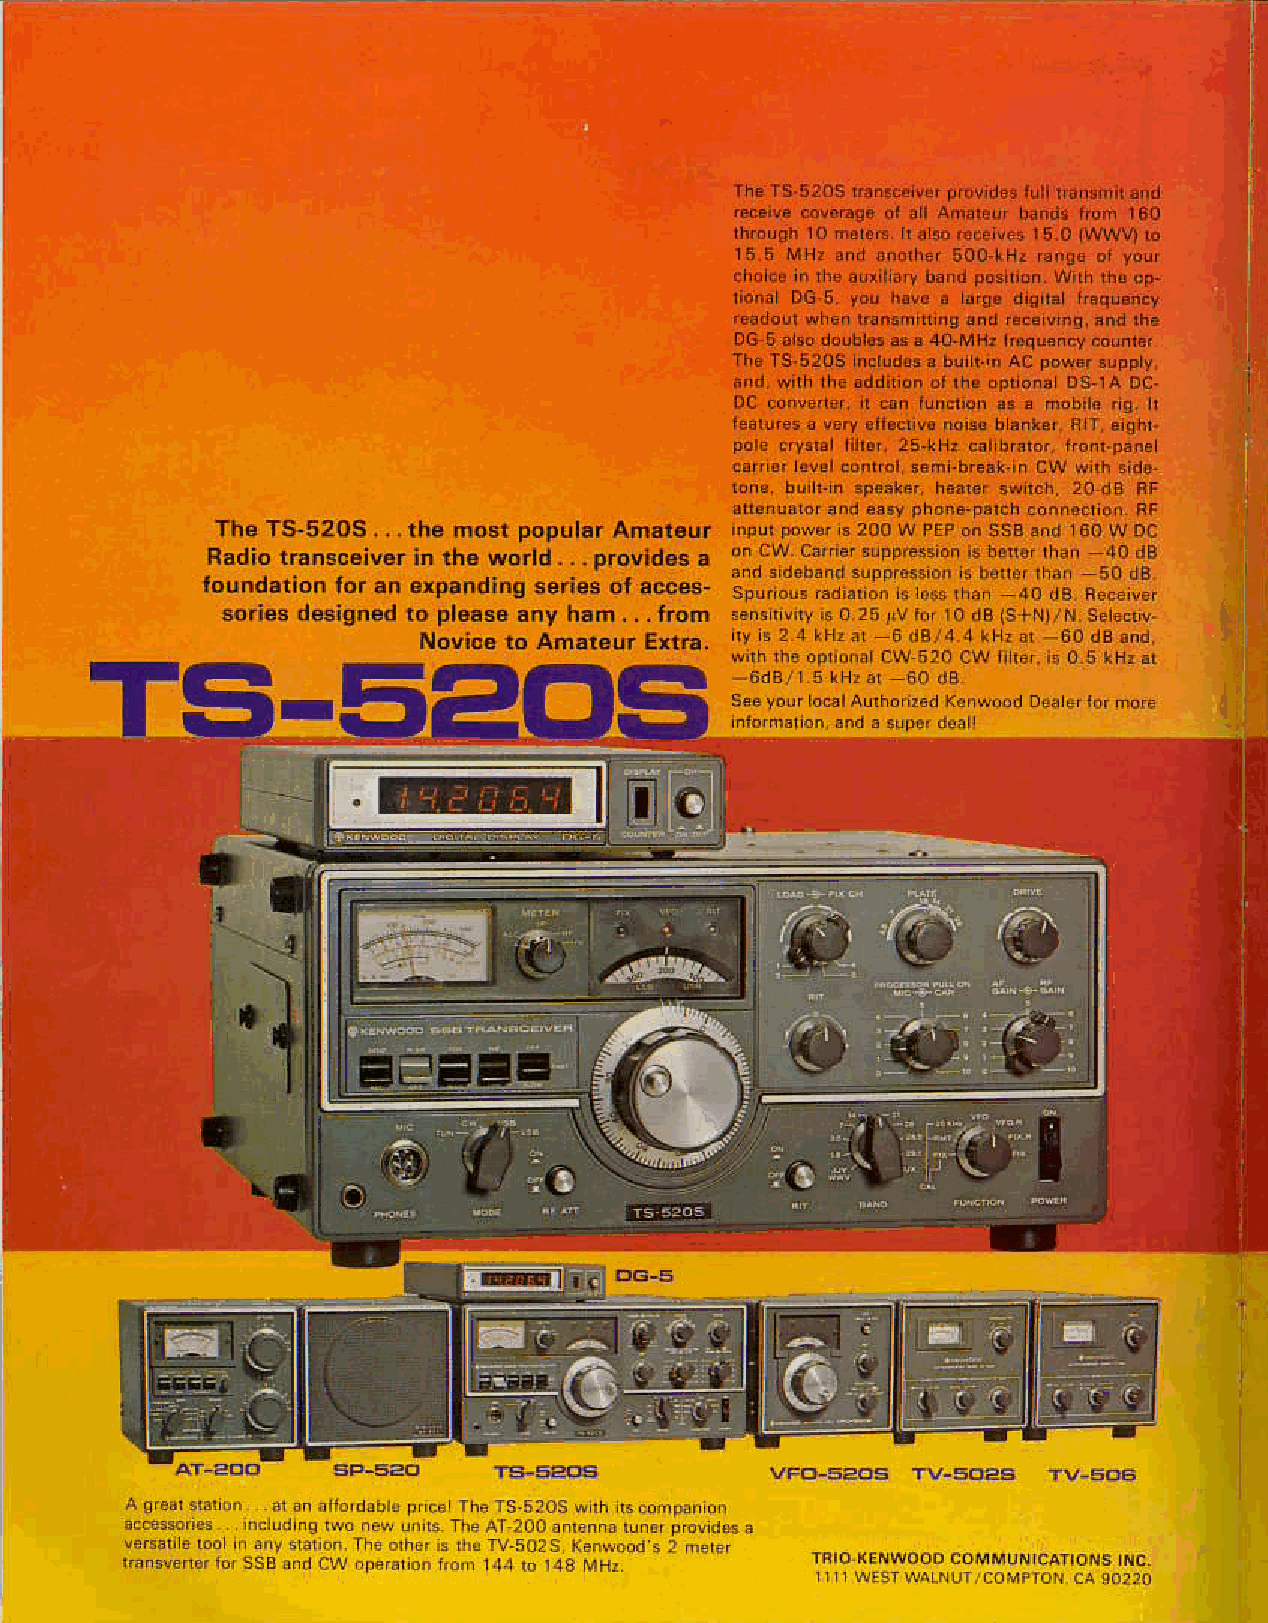
The TS 520S  rhe n,osrp opularA nareur
 Radior anlcciver in the world providesa
 fo!ndarlon lor an erpand ng ser es ol acces
 soriesd esignedr o pleasea ny han.. trom
 Novice ro Anrai€!r Exr.a
 TSi-52osi
 I
 4i     rc
 E'==E
 0
 oD
 o
 n@E
 E
 ::!!r
 . . {